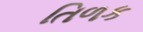
તિળક